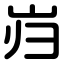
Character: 岿